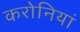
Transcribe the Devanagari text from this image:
करोनियां